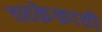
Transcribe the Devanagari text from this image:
तहक़ेक़ाती